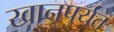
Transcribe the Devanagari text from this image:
खानपर्यंत